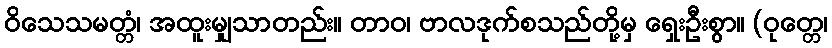
ဝိသေသမတ္တံ၊ အထူးမျှသာတည်း။ တာဝ၊ ဗာလဒုက်စသည်တို့မှ ရှေးဦးစွာ။ (ဝုတ္တေ၊